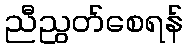
ညီညွတ်စေရန်